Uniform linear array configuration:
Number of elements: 64
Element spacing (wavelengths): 0.25
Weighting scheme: uniform
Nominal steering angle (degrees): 45
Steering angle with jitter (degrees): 45.57
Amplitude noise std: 0.05
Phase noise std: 0.05

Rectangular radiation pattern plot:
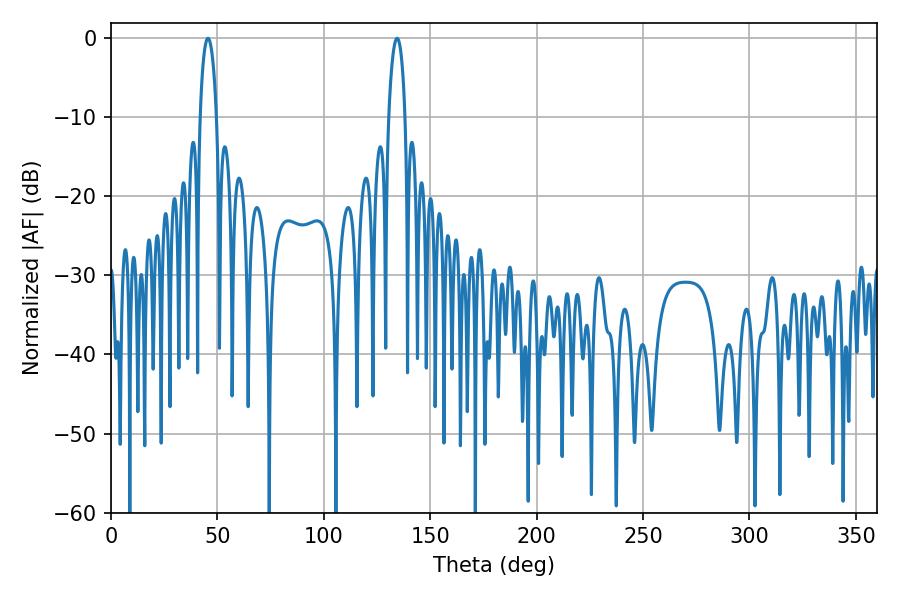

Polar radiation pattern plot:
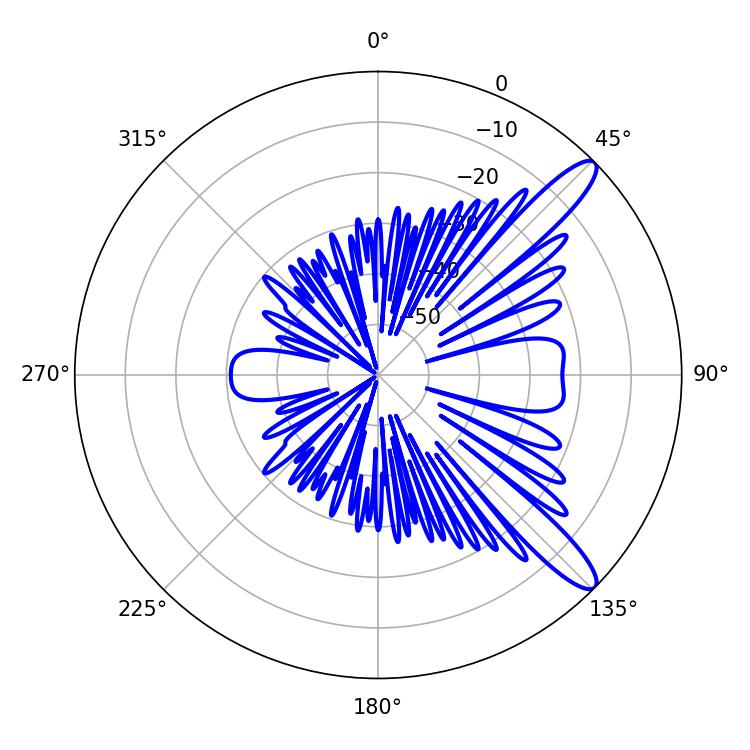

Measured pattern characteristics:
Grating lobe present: FALSE
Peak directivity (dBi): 11.956
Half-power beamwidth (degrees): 4.5
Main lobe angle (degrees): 45.54